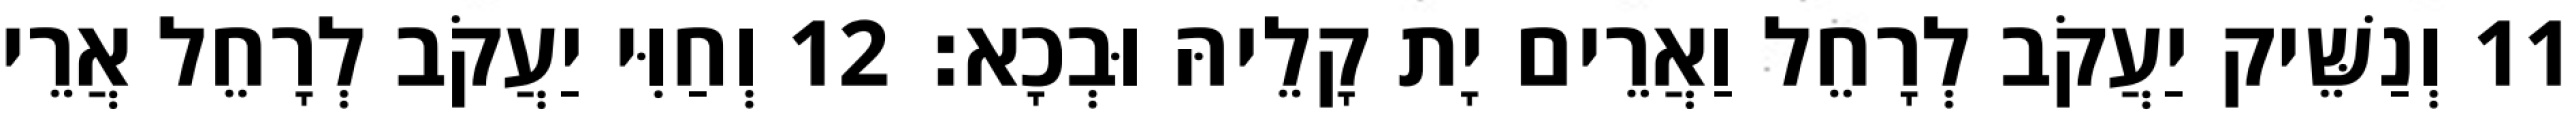
11 וְנַשֵּׁיק יַעֲקֹב לְרָחֵל וַאֲרֵים יָת קָלֵיהּ וּבְכָא׃ 12 וְחַוִּי יַעֲקֹב לְרָחֵל אֲרֵי